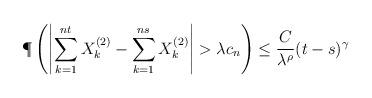
LaTeX: \begin{align*}\P \left( \left|\sum_{k=1}^{ nt } X_k^{(2)} - \sum_{k=1}^{ ns } X_k^{(2)} \right| > \lambda c_n \right) \leq\frac{C}{\lambda^{\rho}}(t-s)^{\gamma} \end{align*}